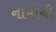
નામોની